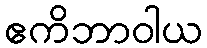
ဧကိဘာဝါယ